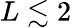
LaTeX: L\lesssim 2